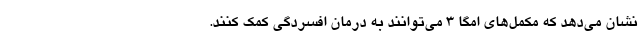
نشان می‌دهد که مکمل‌های امگا ۳ می‌توانند به درمان افسردگی کمک کنند.